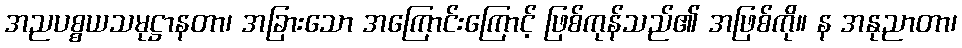
အညပစ္စယသမုဋ္ဌာနတာ၊ အခြားသော အကြောင်းကြောင့် ဖြစ်ကုန်သည်၏ အဖြစ်ကို။ န အနုညာတာ၊